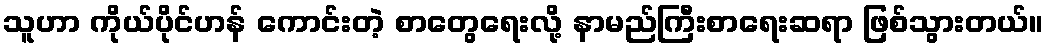
သူဟာ ကိုယ်ပိုင်ဟန် ကောင်းတဲ့ စာတွေရေးလို့ နာမည်ကြီးစာရေးဆရာ ဖြစ်သွားတယ်။